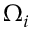
\Omega _ { i }